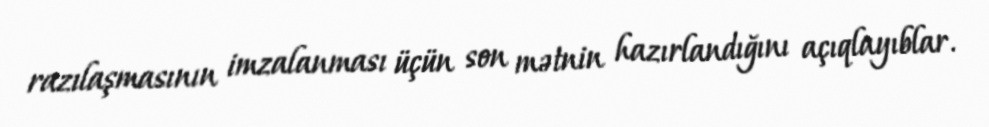
razılaşmasının imzalanması üçün son mətnin hazırlandığını açıqlayıblar.